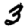
Digit: 3